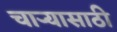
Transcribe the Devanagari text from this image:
चार्‍यासाठी